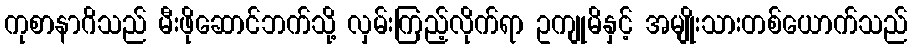
ကုစာနာဂိသည် မီးဖိုဆောင်ဘက်သို့ လှမ်းကြည့်လိုက်ရာ ဥကျုမိနှင့် အမျိုးသားတစ်ယောက်သည်